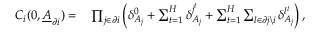
\begin{array} { r l } { C _ { i } ( 0 , \underline { { A } } _ { \partial i } ) = } & { { } \prod _ { j \in \partial i } \left( \delta _ { A _ { j } } ^ { 0 } + \sum _ { t = 1 } ^ { H } \delta _ { A _ { j } } ^ { j ^ { t } } + \sum _ { t = 1 } ^ { H } \sum _ { l \in \partial j \backslash i } \delta _ { A _ { j } } ^ { l ^ { t } } \right) , } \end{array}